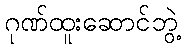
ဂုဏ်ထူးဆောင်ဘွဲ့